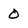
Character: 0